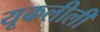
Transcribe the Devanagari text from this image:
यूकलीली